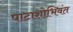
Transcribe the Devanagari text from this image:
पाटाशोभिवंत